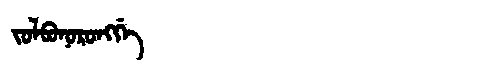
Manchu: ᠵᠣᠯᠪᠣᠨᠣᡵᠣᠩᡤᡝ
Romanization: JOLBONORONGGE